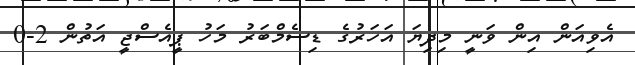
އެވިއަން އިން ވަނީ މިދިޔަ އަހަރުގެ ޑިސެމްބަރު މަހު ޕީއެސްޖީ އަތުން 2-0